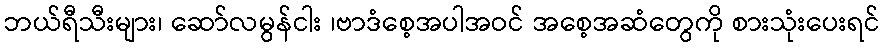
ဘယ်ရီသီးများ၊ ဆော်လမွန်ငါး ၊ဗာဒံစေ့အပါအဝင် အစေ့အဆံတွေကို စားသုံးပေးရင်